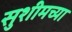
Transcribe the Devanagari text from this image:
सुशीमच्या